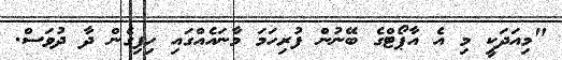
"މިއަދަކީ މި އެ އާޕޯޓްގެ ބޭނުން ފުރިހަމަ މާނައެއްގައި ހިފިގެން ދާ ދުވަސް.